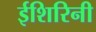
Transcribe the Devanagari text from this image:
ईशिरिनी